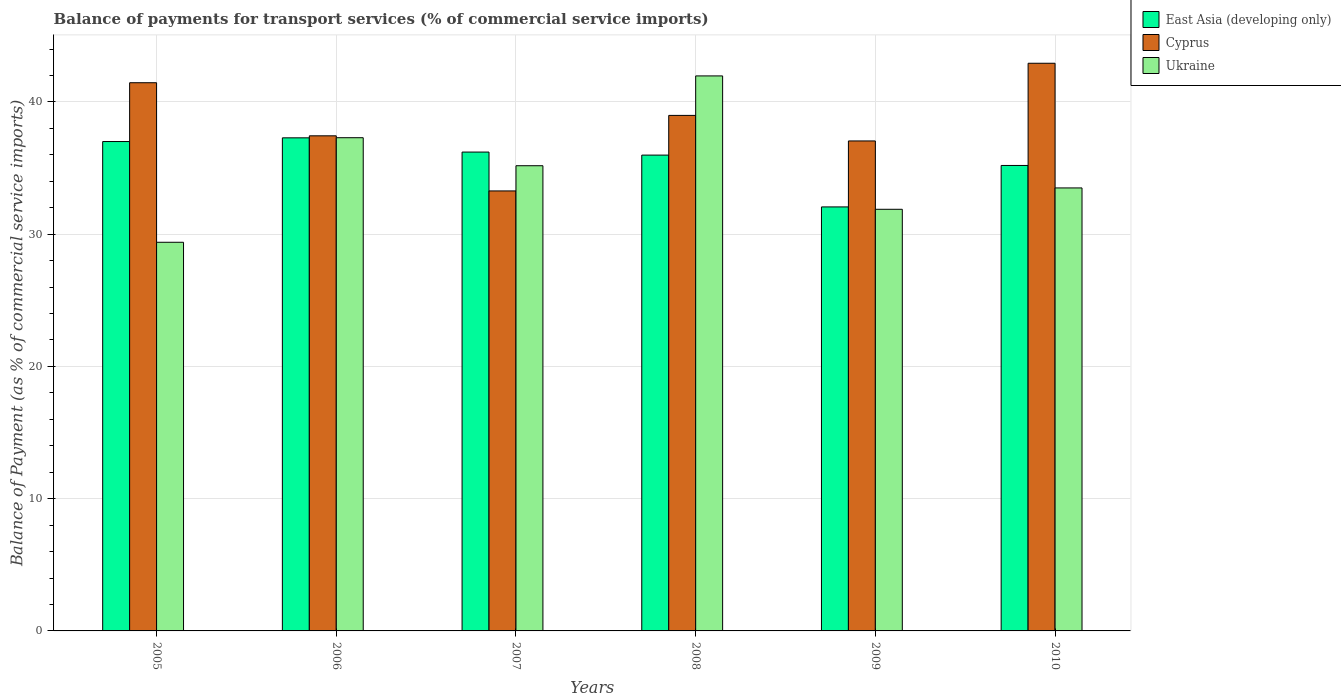
| Years | East Asia (developing only) | Cyprus | Ukraine |
 | --- | --- | --- | --- |
 | 2005 | 37 | 41.5 | 29.4 |
 | 2006 | 37.3 | 37.4 | 37.3 |
 | 2007 | 36.2 | 33.3 | 35.2 |
 | 2008 | 36 | 39 | 42 |
 | 2009 | 32.1 | 37.1 | 31.9 |
 | 2010 | 35.2 | 42.9 | 33.5 |